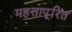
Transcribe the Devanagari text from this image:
महत्तापूरित